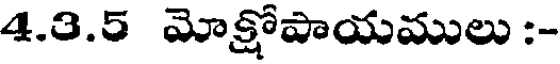
4.3.5 మోక్షోపాయములు :-